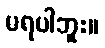
မရပါဘူး။